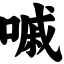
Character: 嘁